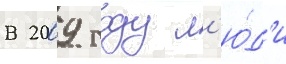
В 2009 году л'ю́д'и